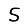
Digit: 5